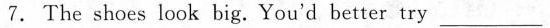
7.The shoes look big.You'd better try ___